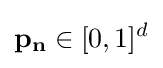
\mathbf {p} _{\mathbf {n} }\in [0,1]^{d}